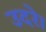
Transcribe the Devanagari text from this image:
उदरे।